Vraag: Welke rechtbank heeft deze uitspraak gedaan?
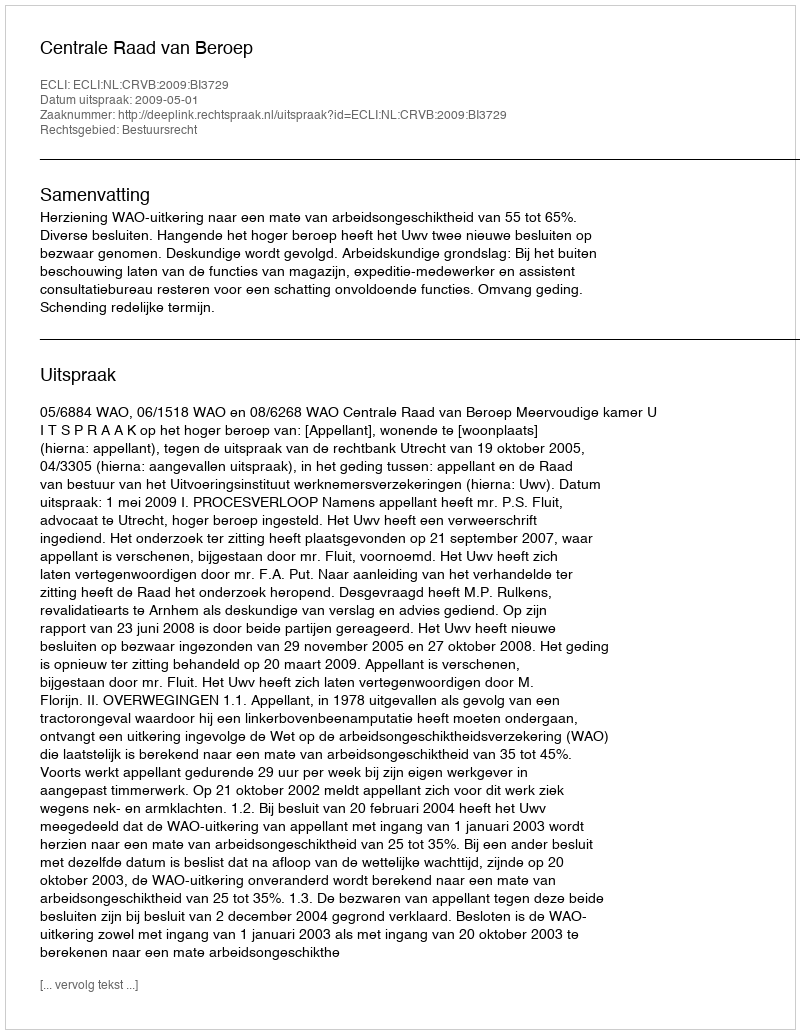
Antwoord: Centrale Raad van Beroep